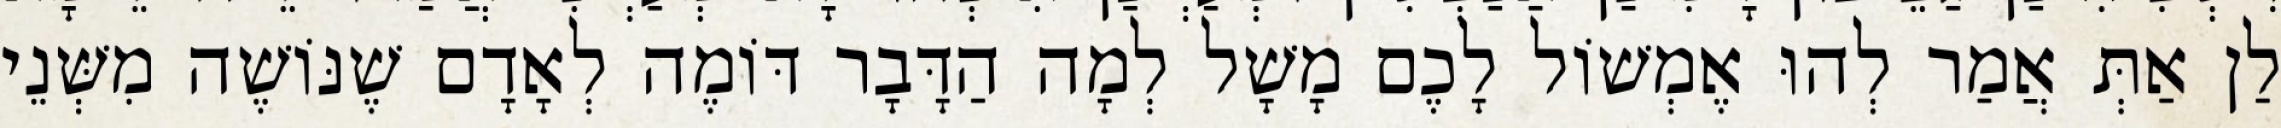
לַן אַתְּ אֲמַר לְהוּ אֶמְשׁוֹל לָכֶם מָשָׁל לְמָה הַדָּבָר דּוֹמֶה לְאָדָם שֶׁנּוֹשֶׁה מִשְּׁנֵי